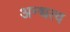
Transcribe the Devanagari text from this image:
अन्धत्व